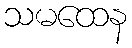
သမထေန